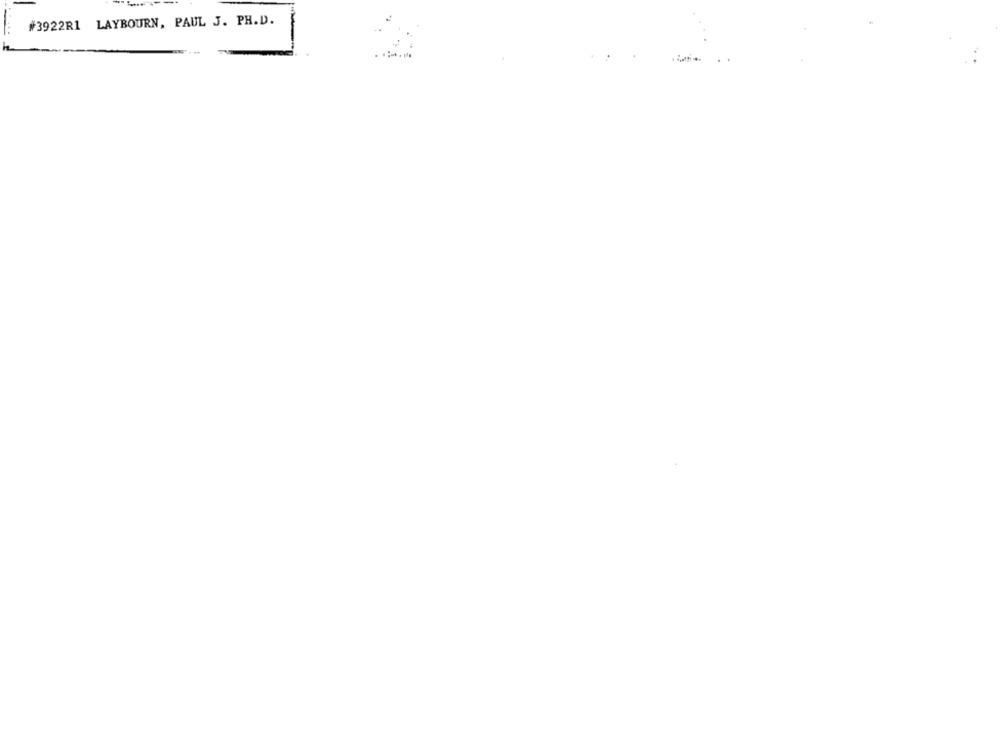
#3922R1 LAYBOURN, PAUL J. PH.D.